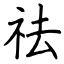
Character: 祛